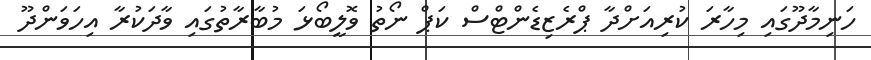
ހަނިމާދޫގައި މިހާރަ ކުރިއަށްދާ ޕްރެޒިޑެންޓްސް ކަޕް ނޯތު ވޮލީބޯޅަ މުބާރާތުގައި ވާދަކުރާ އިހަވަންދޫ